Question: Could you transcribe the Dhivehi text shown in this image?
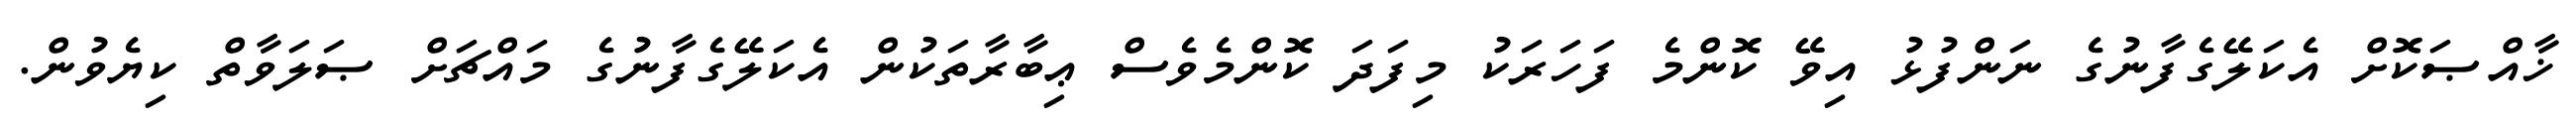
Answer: ޚާއްޞަކޮށް އެކަލޭގެފާނުގެ ނަންފުޅު އިވޭ ކޮންމެ ފަހަރަކު މިފަދަ ކޮންމެވެސް ޢިބާރާތަކުން އެކަލޭގެފާނުގެ މައްޗަށް ޞަލަވާތް ކިޔެވުން.